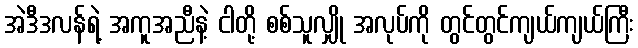
အဲဒီဒလန်ရဲ့ အကူအညီနဲ့ ငါတို့ စစ်သူလျှို အလုပ်ကို တွင်တွင်ကျယ်ကျယ်ကြီး